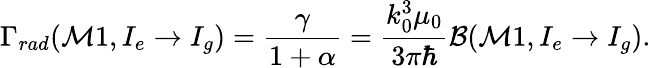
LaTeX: \Gamma_{rad}(\mathcal{M}1,I_{e}\to I_{g})=\frac{\gamma}{1+\alpha}=\frac{k_{0}^{3}\mu_{0}}{3\pi\hbar}\mathcal{B}(\mathcal{M}1,I_{e}\to I_{g}).